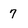
Character: 7